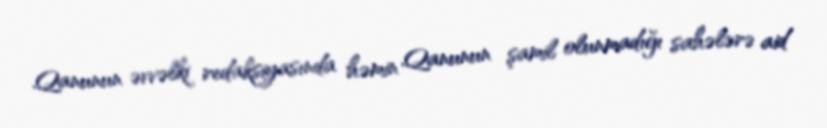
Qanunun əvvəlki redaksiyasında həmin Qanunun şamil olunmadığı sahələrə aid